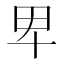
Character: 𤰞